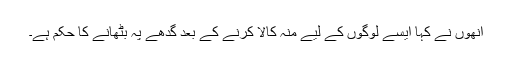
انھوں نے کہا ایسے لوگوں کے لیے منہ کالا کرنے کے بعد گدھے پہ بٹھانے کا حکم ہے۔